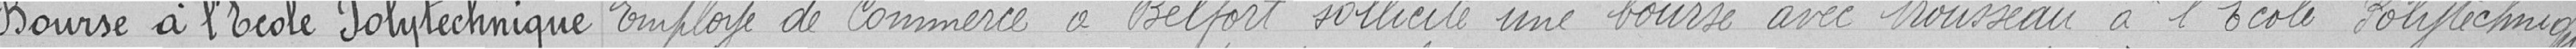
Bourses à l'Ecole Polytechnique Employé de commerce à Belfort sollicite une bourse avec trousseau à l'Ecole Polytechnique